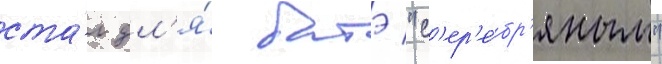
ста́л дл'я́ батэ "с'ер'е́бр'яным"